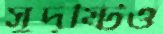
সুদৃষ্টিও